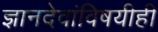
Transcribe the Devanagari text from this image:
ज्ञानदेवांविषयीही